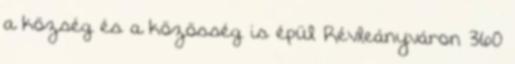
a község és a közösség is épül Révleányváron 360